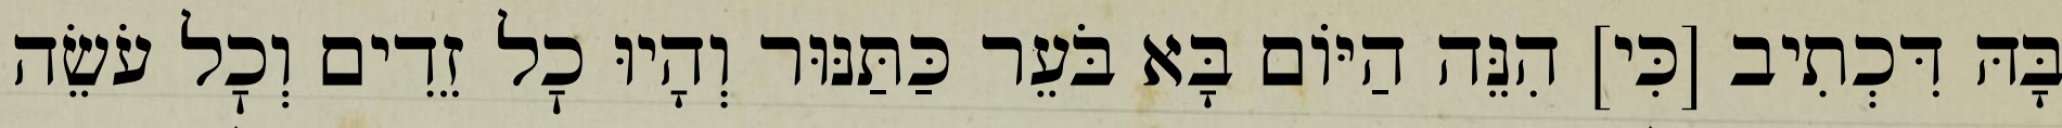
בָּהּ דִּכְתִיב [כִּי] הִנֵּה הַיּוֹם בָּא בֹּעֵר כַּתַּנּוּר וְהָיוּ כׇל זֵדִים וְכׇל עֹשֵׂה